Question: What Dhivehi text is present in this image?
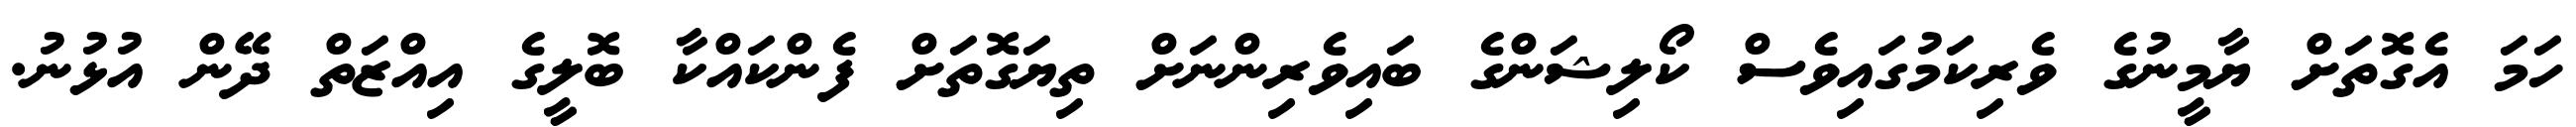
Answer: ހަމަ އެގޮތަށް ޔާމީނުގެ ވެރިކަމުގައިވެސް ކޯލިޝަންގެ ބައިވެރިންނަށް ތިޔަގޮތަށް ފެންކައްކާ ބޮލީގެ އިއްޒަތް ދޭން އުޅުނު.